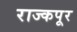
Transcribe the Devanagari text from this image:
राज्कपूर